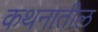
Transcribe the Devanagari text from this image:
कथनातील